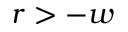
r > - w